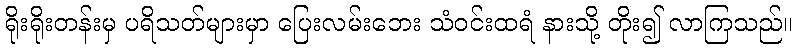
ရိုးရိုးတန်းမှ ပရိသတ်များမှာ ပြေးလမ်းဘေး သံဝင်းထရံ နားသို့ တိုး၍ လာကြသည်။